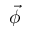
\vec { \phi }